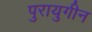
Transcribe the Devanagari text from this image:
पुरायुगीन